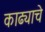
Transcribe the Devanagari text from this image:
काढ्याचे